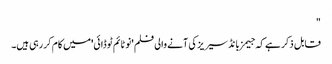
"
قابل ذکر ہے کہ جیمز بانڈ سیریز کی آنے والی فلم 'نو ٹائم ٹو ڈائی'میں کام کر رہی ہیں۔